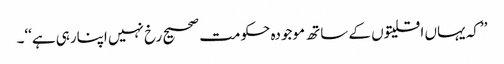
’’کہ یہاں اقلیتوں کے ساتھ موجودہ حکومت صحیح رخ نہیں اپنارہی ہے‘‘۔